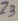
Text: Z3